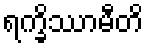
ရက္ခိဿာမီတိ